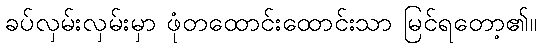
ခပ်လှမ်းလှမ်းမှာ ဖုံတထောင်းထောင်းသာ မြင်ရတော့၏။